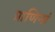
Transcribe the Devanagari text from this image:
प्राणिनां